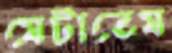
মেটাতেম